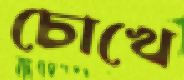
চোখে